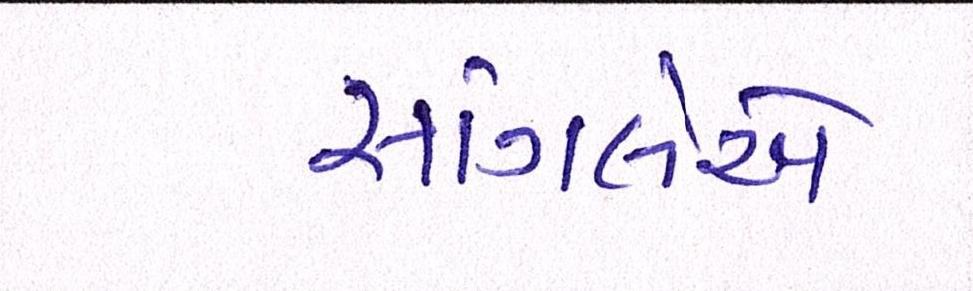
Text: સાંગલેએ